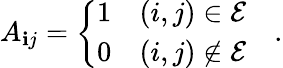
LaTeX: A_{\mathbf{i}j}=\left\{ \begin{array}{ll}{1}&{(i,j)\in\mathcal{E}}\\ {0}&{(i,j)\notin\mathcal{E}}\end{array}\right.\quad.